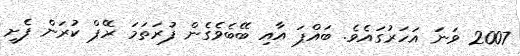
2007 ވަނަ އަހަރުގައެވެ. ބައްޕަ އާއި ބޭބެވެގެން ފުރަތަމަ ރޭޕް ކުރަން ފެށީ